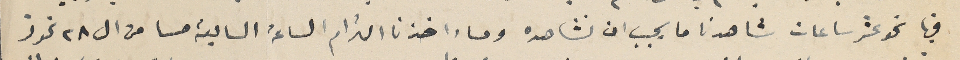
فيها نحو عشر ساعات شاهدنا ما يجب ان نشاهده ومساء اخذنا الترام الساعة السابعة مسا من ال ٢٨ تموز